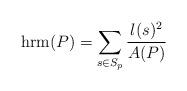
LaTeX: \begin{align*}\operatorname{hrm}(P) = \sum_{s \in S_p} \frac{l(s)^2}{A(P)}\end{align*}